Civil Veterinary Department. Central Provinces & Berar 1925-31 - 1925-1931
Year: 1925
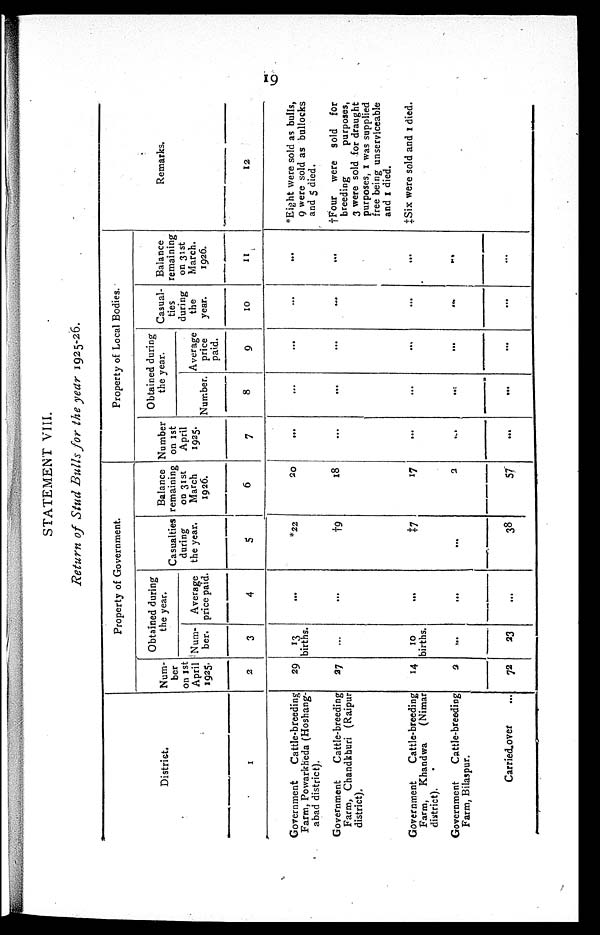
19
STATEMENT VIII.
Return of Stud Bulls for the year 1925-26.
District.
1
Government
Cattle-breeding
Farm, Powarkheda (Hoshang¬
abad district).
Government
Cattle-breeding
Farm, Chandkhuri (Raipur
district).
Government
Cattle-breeding
Farm, Khandwa
(Nimar
district).
Government
Cattle-breeding
Farm, Bilaspur.
Carried over ...
Property of Government.
Num-
ber
on 1st
April
1925.
2
29
27
14
3
72
Obtained during
the year.
Num-
ber.
3
13
births.
...
10
births.
...
23
Average
price paid.
4
...
...
...
...
...
Casualties
during
the year.
5
*22
†9
†7
...
38
Balance
remaining
on 31st
March
1926.
6
20
18
17
3
57
Property of Local Bodies.
Number
on 1st
April
1925.
7
...
...
...
...
...
Obtained during
the year.
Number.
8
...
...
...
...
...
Average
price
paid.
9
...
...
...
...
...
Casual-
ties
during
the
year.
10
...
...
...
...
...
Balance
remaining
on 31st
March.
1926.
11
...
...
...
...
...
Remarks.
12
*Eight were sold as bulls,
9 were sold as bullocks
and 5 died.
†Four were sold for
breeding
purposes,
3 were sold for draught
purposes, 1 was supplied
free being unserviceable
and 1 died.
‡Six were sold and 1 died.